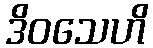
ဒိဝသေဟိ